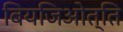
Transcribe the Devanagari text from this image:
बियजिओत्ति